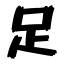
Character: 足